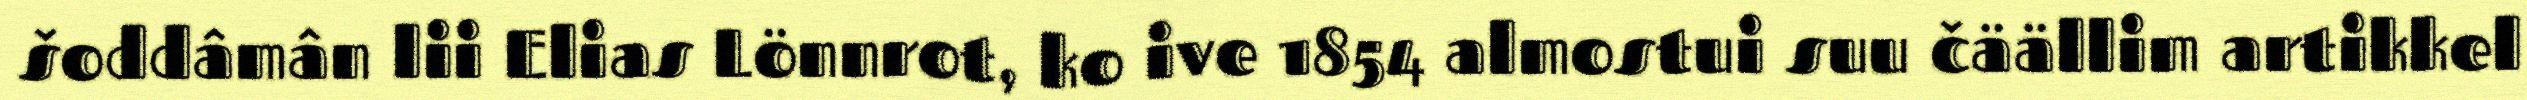
šoddâmân lii Elias Lönnrot, ko ive 1854 almostui suu čäällim artikkel